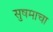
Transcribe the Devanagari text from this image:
सुषमाचा